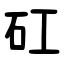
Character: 矼